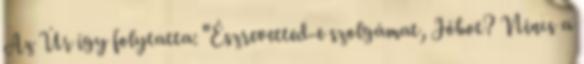
Az Úr így folytatta: "Észrevetted-e szolgámat, Jóbot? Nincs a